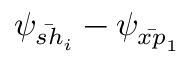
\psi _ { \bar { s h } _ { i } } - \psi _ { \bar { x p } _ { 1 } }